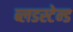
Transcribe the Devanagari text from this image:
ब्लडस्टेन्ड